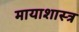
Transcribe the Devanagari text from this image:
मायाशास्त्र